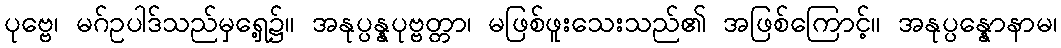
ပုဗ္ဗေ၊ မဂ်ဥပါဒ်သည်မှရှေ့၌။ အနုပ္ပန္နပုဗ္ဗတ္တာ၊ မဖြစ်ဖူးသေးသည်၏ အဖြစ်ကြောင့်။ အနုပ္ပန္နောနာမ၊